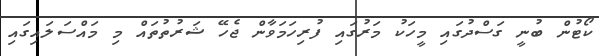
ކޯޓުން ބުނީ ގަސްދުގައި މީހަކު މަރުގައި ފުރިހަމަވާން ޖެހޭ ޝަރުތުތައް މި މައްސަލައިގައި